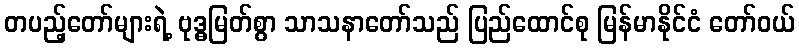
တပည့်တော်များရဲ့ ဗုဒ္ဓမြတ်စွာ သာသနာတော်သည် ပြည်ထောင်စု မြန်မာနိုင်ငံ တော်ဝယ်